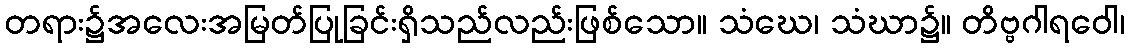
တရား၌အလေးအမြတ်ပြုခြင်းရှိသည်လည်းဖြစ်သော။ သံဃေ၊ သံဃာ၌။ တိဗ္ဗဂါရဝေါ၊